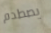
يصطدم